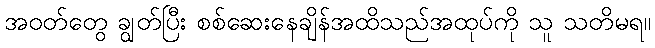
အဝတ်တွေ ချွတ်ပြီး စစ်ဆေးနေချိန်အထိသည်အထုပ်ကို သူ သတိမရ။